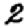
Digit: 2